Annual report on the health of the army in India
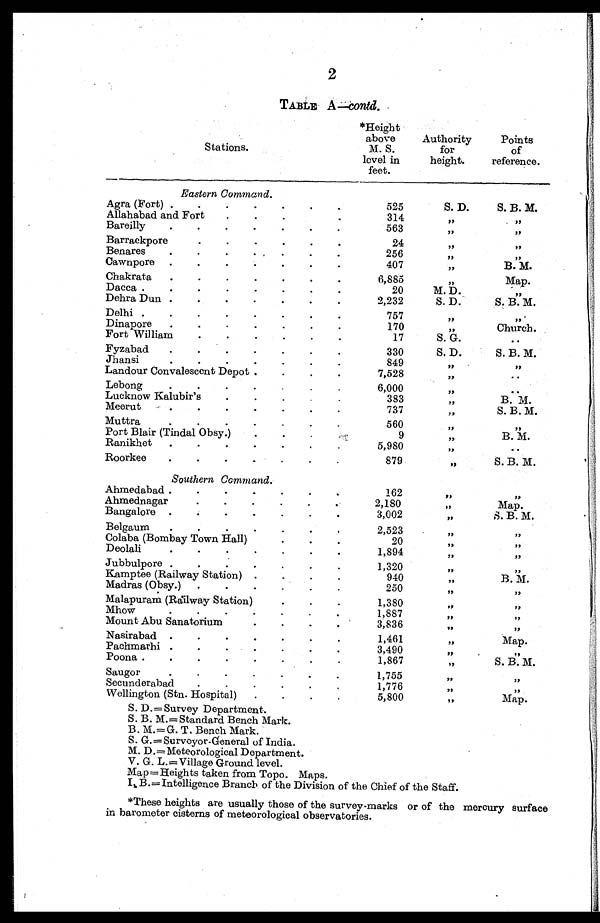
2
TABLE A —contd.
S t a t i o n s .
*Height
above
M. S
. level in
feet.
Authority
for
height.
Points
of
reference.
Eastern C o m m a n d .
Agra (Fort)
525
S. D.
S. B. M.
Allahabad and Fort
314
”
”
Bareilly
563
, ,
, ,
Barrackpore
24
, , , ,
Benares
256
, ,
, ,
Cawnpore
407
, ,
B. M.
Chakrata
6,885
, ,
Map.
Dacca
20
M. D.
, ,
Dehra Dun
2,232
S. D.
S. B. M.
Delhi
757
, , , ,
Dinapore
170
„
Church.
Fort William
17
S . G .
, ,
Fyzabad
330
S. D.
S. B. M.
Jhansi
849
, ,
, ,
Landour Convalescent Depot
7,528
, ,
. .
Lebong
6,000
, ,
. .
Lucknow Kalubir's
383
, ,
B. M.
Meerut
737 ,,
S. B. M.
Muttra
560
, ,
, ,
Port Blair (Tindal Obsy.)
9
, ,
B. M.
Ranikhet
5,980
„
. .
Roorkee
879 ,,
S. B. M.
Southern C o m m a n d .
Ahmedabad
162
, ,
, ,
Ahmednagar
2,180
, ,
Map.
Bangalore
3,002
, ,
S. B. M.
Belgaum
2,523
,,
, ,
Colaba (Bombay Town Hall)
20
, ,
, ,
Deolali
1,894
, , , ,
Jubbulpore
1,320
, ,
, ,
Kamptee (Railway Station)
940 ,,
B. M.
Madras (Obsy.)
250
,,
, ,
Malapuram (Railway Station)
1,380
,,
, ,
Mhow
1,887
, ,
, ,
Mount Abu Sanatorium
3,836
,,
,,
Nasirabad
1,461
,,
Map.
Pachmarhi
3,490 ,,
, ,
Poona
1,867
, ,
S. B. M.
Saugor
1,755
, , , ,
Secunderabad
1,776
, ,
, ,
Wellington (Stn. Hospital)
5,800
, ,
Map.
S. D..= Survey Department.
S. B. M.= Standard Bench Mark.
B. M.= G. T. Bench Mark.
S.G.=Surveyor-General of India.
M. D.= Meteorological Department.
V. G. L. =Village Ground level.
Map = Heights taken from Topo. Maps.
I. B.= Intelligence Branch of the Division of the Chief of the Staff.
*These heights are usually those of the survey-marks or of the mercury surface
in barometer cisterns of meteorological observatories.